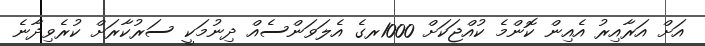
އަށް އަރާއިރު އެއިން ކޮންމެ ކުއްޖަކަށް 1000ރގެ އެލަވަންސެއް ދިނުމަކީ ސަރުކާރަށް ކުރެވިދާނެ